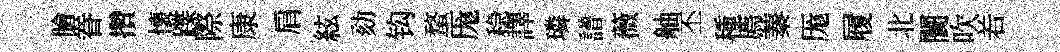
膾眷攢懐蹀際康肩絃劾钩蝥厖稳譯璘譜薇舳丕種廌蓁厖履北闤吹𠰥